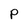
Character: P